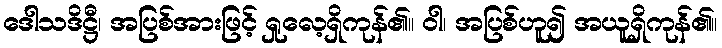
ဒေါသဒိဋ္ဌီ၊ အပြစ်အားဖြင့် ရှုလေ့ရှိကုန်၏။ ဝါ၊ အပြစ်ဟူ၍ အယူရှိကုန်၏။